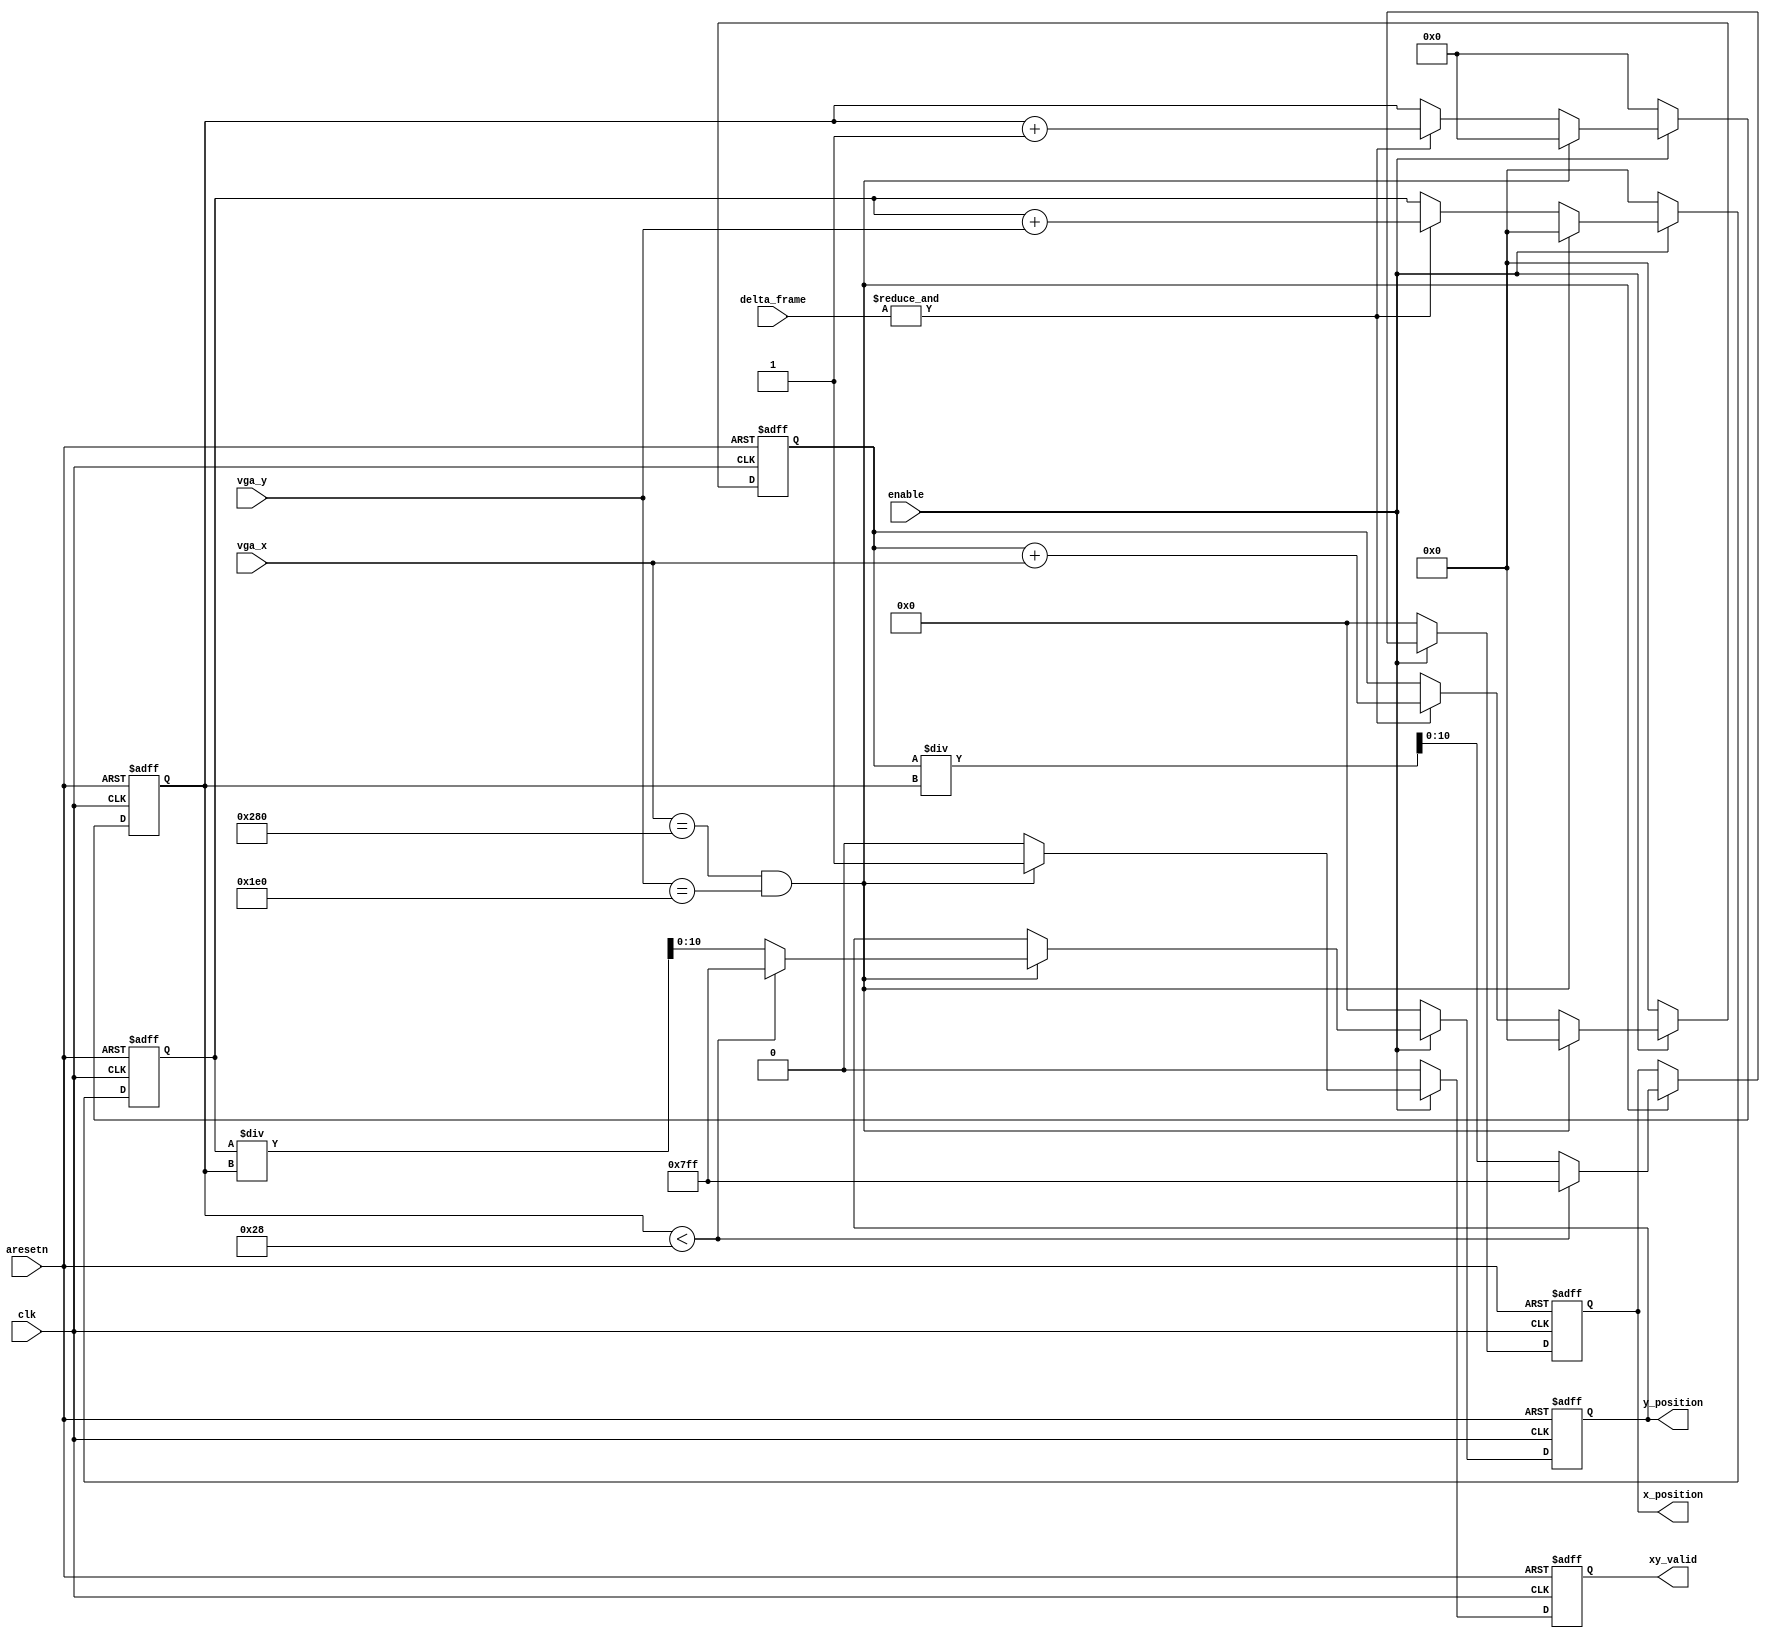
module measure_position #(
	parameter INPUT_WIDTH  = 11,
	parameter COLOR_WIDTH  = 10,
	parameter FRAME_X_MAX  = 640,
	parameter FRAME_Y_MAX  = 480,
	parameter COUNT_THRESH = 40
)(	//////////// CLOCK //////////
	input 		          					clk,

	//////////// DATA ///////////
	input wire		[(INPUT_WIDTH-1):0]		vga_x,
	input wire		[(INPUT_WIDTH-1):0]		vga_y,
	input wire 		[(COLOR_WIDTH-1):0]		delta_frame,

	output wire		[(INPUT_WIDTH-1):0]		x_position,
	output wire		[(INPUT_WIDTH-1):0]		y_position,
	output wire								xy_valid,

	//////////// CONTROL ///////////
	input wire								aresetn,
	input wire								enable
);

// Internal Signals (widths determined based on max x and y values)
reg [18:0]				total_count;
reg [26:0] 				x_coordinate_sum;
reg [26:0]		   		y_coordinate_sum;

// Wrappers
reg [(INPUT_WIDTH-1):0]	int_x_position;
reg [(INPUT_WIDTH-1):0]	int_y_position;
reg						int_xy_valid;
assign x_position     = int_x_position;
assign y_position 	  = int_y_position;
assign xy_valid       = int_xy_valid;

// These are the three values used in the algorithm
always @(posedge clk or negedge aresetn) begin
	// Reset 
	if (~aresetn) 	
		begin
			total_count 	 <= 'd0;
			x_coordinate_sum <= 'd0;
			y_coordinate_sum <= 'd0;
		end
	// Enable
	else if (~enable) 	
		begin
			total_count 	 <= 'd0;
			x_coordinate_sum <= 'd0;
			y_coordinate_sum <= 'd0;
		end		
	// Clear at end of frame
	else if (vga_x == FRAME_X_MAX & vga_y == FRAME_Y_MAX)
		begin
			total_count		 <= 'd0;
			x_coordinate_sum <= 'd0;
			y_coordinate_sum <= 'd0;
		end		
	// Check if all bits are 1, if so apply algorithm
	else if (&delta_frame)
		begin
			total_count		 <= total_count + 1;
			x_coordinate_sum <= x_coordinate_sum + vga_x;
			y_coordinate_sum <= y_coordinate_sum + vga_y;
		end
	// Otherwise latch the values
	else 
		begin
			total_count 	 <= total_count;
			x_coordinate_sum <= x_coordinate_sum;
			y_coordinate_sum <= y_coordinate_sum;
		end
end

// Generate the algorithm result using the above values
always @(posedge clk or negedge aresetn) begin
	// Reset
	if (~aresetn)
		begin
			int_xy_valid		<= 1'b0;
			int_x_position      <= 'd0;
			int_y_position      <= 'd0;
		end	
	// Enable
	else if (~enable)
		begin
			int_xy_valid		<= 1'b0;
			int_x_position 	    <= 'd0;
			int_y_position 	    <= 'd0;		
		end
	// Pulse result at end of frame
	else if (vga_x == FRAME_X_MAX & vga_y == FRAME_Y_MAX)
		begin
			int_xy_valid		<= 1'b1;
			// Places a criteria on number of pixels that define an object
			if (total_count < COUNT_THRESH) 
				begin
					int_x_position 	    <= {INPUT_WIDTH {1'b1}}; 
					int_y_position 	    <= {INPUT_WIDTH {1'b1}};
				end
			else
				begin
					int_x_position 	    <= x_coordinate_sum / total_count; 
					int_y_position 	    <= y_coordinate_sum / total_count;
				end
		end
	else 
		begin
			int_xy_valid		<= 1'b0;
			int_x_position 		<= int_x_position;
			int_y_position 		<= int_y_position;
		end
end

endmodule